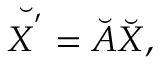
\Breve { \boldsymbol { X } ^ { ' } } = \Breve { \boldsymbol { A } } \Breve { \boldsymbol { X } } ,